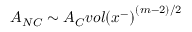
A _ { N C } \sim A _ { C } { v o l ( x ^ { - } ) } ^ { ( m - 2 ) / 2 }